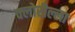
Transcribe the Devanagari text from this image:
क्लोरील्ला